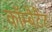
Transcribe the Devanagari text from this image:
कॉम्बैटैंट